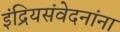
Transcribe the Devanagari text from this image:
इंद्रियसंवेदनांना